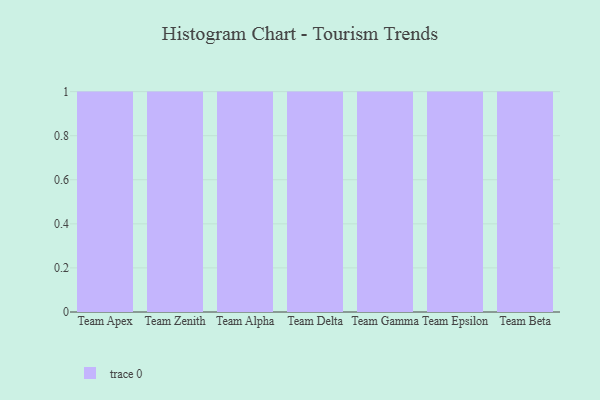
{"axis": {"x": "Team", "y": "Revenue (USD Million)"}, "legend": [""], "data": [{"x": "Team Apex", "y": 2, "type": ""}, {"x": "Team Zenith", "y": 23, "type": ""}, {"x": "Team Alpha", "y": 18, "type": ""}, {"x": "Team Delta", "y": 77, "type": ""}, {"x": "Team Gamma", "y": 14, "type": ""}, {"x": "Team Epsilon", "y": 32, "type": ""}, {"x": "Team Beta", "y": 93, "type": ""}]}